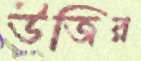
উজির